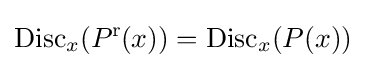
\operatorname {Disc} _{x}(P^{\mathrm {r} }\!\!\;(x))=\operatorname {Disc} _{x}(P(x))